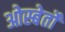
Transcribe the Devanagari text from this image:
ओस्बेर्तों